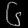
Digit: ၆